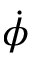
\dot { \phi }